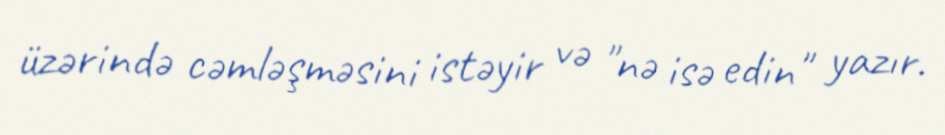
üzərində cəmləşməsini istəyir və "nə isə edin" yazır.